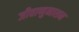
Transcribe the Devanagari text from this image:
जीवाणुनाशन